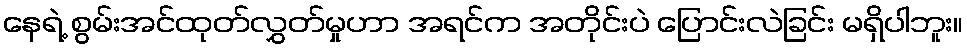
နေရဲ့ စွမ်းအင်ထုတ်လွှတ်မှုဟာ အရင်က အတိုင်းပဲ ပြောင်းလဲခြင်း မရှိပါဘူး။